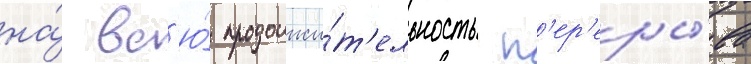
на́ вс'ю́ продолжи́т'ельность п'ер'еры́ва